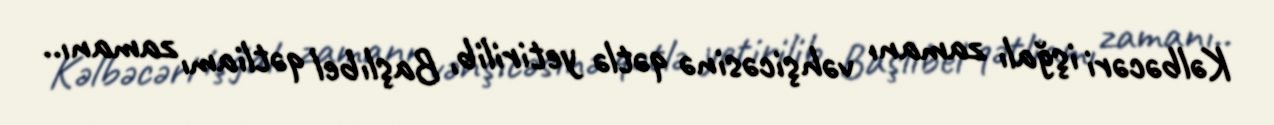
Kəlbəcəri işğalı zamanı vəhşicəsinə qətlə yetirilib, Başlıbel qətliamı zamanı..